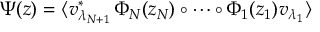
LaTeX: \Psi ( z ) = \langle v _ { \lambda _ { N + 1 } } ^ { \ast } \, \Phi _ { N } ( z _ { N } ) \circ \cdots \circ \Phi _ { 1 } ( z _ { 1 } ) v _ { \lambda _ { 1 } } \rangle